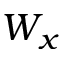
W _ { x }